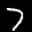
Label: 7